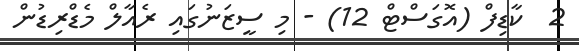
2  ކާޑިފް (އޮގަސްޓް 12) - މި ސީޒަނުގައި ރެއާލް މެޑްރިޑުން